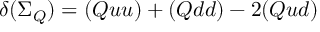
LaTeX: \delta ( { \Sigma _ { Q } } ) = ( Q u u ) + ( Q d d ) - 2 ( Q u d )